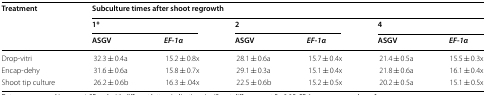
<table><thead><tr><td rowspan="3"><b>Treatment</b></td><td colspan="6"><b>Subculture times after shoot regrowth</b></td></tr><tr><td colspan="2"><b>1*</b></td><td colspan="2"><b>2</b></td><td colspan="2"><b>4</b></td></tr><tr><td><b>ASGV</b></td><td><b><i>EF</i>-<i>1α</i></b></td><td><b>ASGV</b></td><td><b><i>EF</i>-<i>1α</i></b></td><td><b>ASGV</b></td><td><b><i>EF</i>-<i>1α</i></b></td></tr></thead><tbody><tr><td>Drop-vitri</td><td>32.3 ± 0.4a</td><td>15.2 ± 0.8x</td><td>28.1 ± 0.6a</td><td>15.7 ± 0.4x</td><td>21.4 ± 0.5a</td><td>15.5 ± 0.3x</td></tr><tr><td>Encap-dehy</td><td>31.6 ± 0.6a</td><td>15.8 ± 0.7x</td><td>29.1 ± 0.3a</td><td>15.1 ± 0.4x</td><td>21.8 ± 0.6a</td><td>16.1 ± 0.4x</td></tr><tr><td>Shoot tip culture</td><td>26.2 ± 0.6b</td><td>16.3 ± .04x</td><td>22.5 ± 0.6b</td><td>15.2 ± 0.5x</td><td>20.2 ± 0.5a</td><td>15.1 ± 0.5x</td></tr></tbody></table>